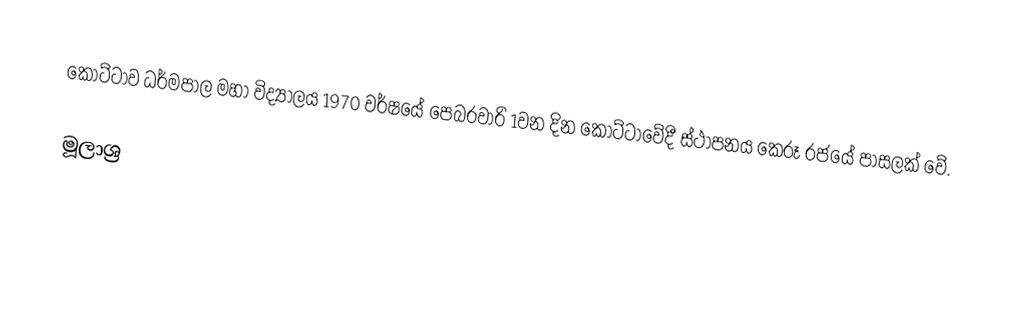
කොට්ටාව ධර්මපාල මහා විද්‍යාලය 1970 වර්ෂයේ පෙබරවාරි 1වන දින කොට්ටාවේදී ස්ථාපනය කෙරූ රජයේ පාසලක් වේ.

මූලාශ්‍ර